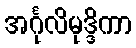
အင်္ဂုလိမုဒ္ဒိကာ